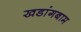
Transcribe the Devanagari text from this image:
खडांगबाम